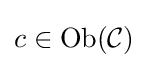
c\in {\text{Ob}}({\mathcal {C}})